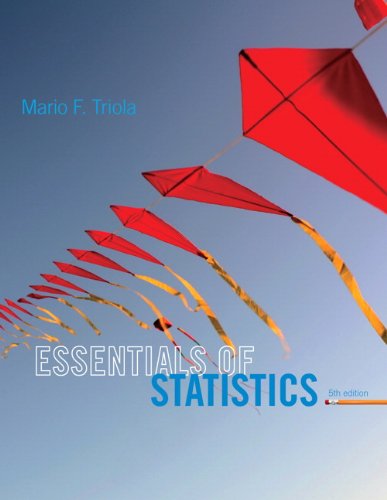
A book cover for Essentials of Statistics (5th Edition); Mario F. Triola; Science & Math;